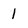
Character: 1